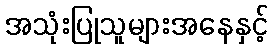
အသုံးပြုသူများအနေနှင့်